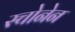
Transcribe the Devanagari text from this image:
स्चोनेन